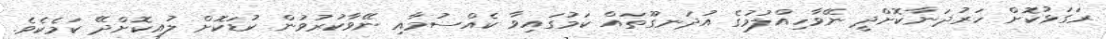
ރަގަޅުކޮށް ހަރުދަނާކޮށްދީ ނޭވާހިއްލުމުގެ އުދަނގޫތައް ކަމުގައިވާ ކެއްސުމާއި ނޭވާކުރުވުން ކުޑަކޮށް ލުއިކޮށްދޭ ކަމެކެވެ.